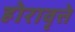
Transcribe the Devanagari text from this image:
होरावृत्ते